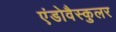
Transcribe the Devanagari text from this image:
एंडोवैस्कुलर